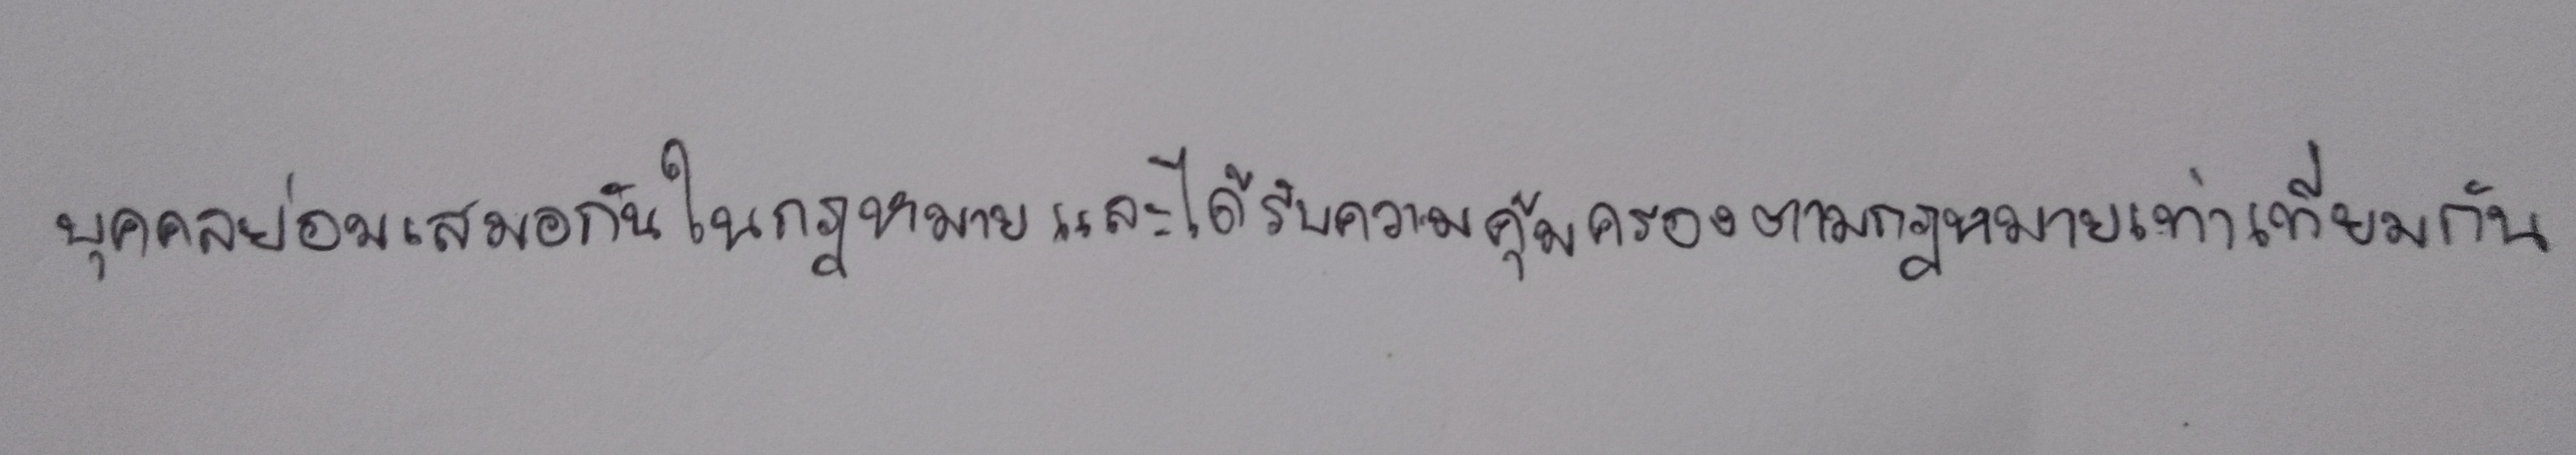
บุคคลย่อมเสมอกันในกฎหมายและได้รับความคุ้มครองตามกฎหมายเท่าเทียมกัน